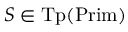
S \in { \mathrm { T p } } ( { \mathrm { P r i m } } )